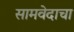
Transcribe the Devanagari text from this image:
सामवेदाचा